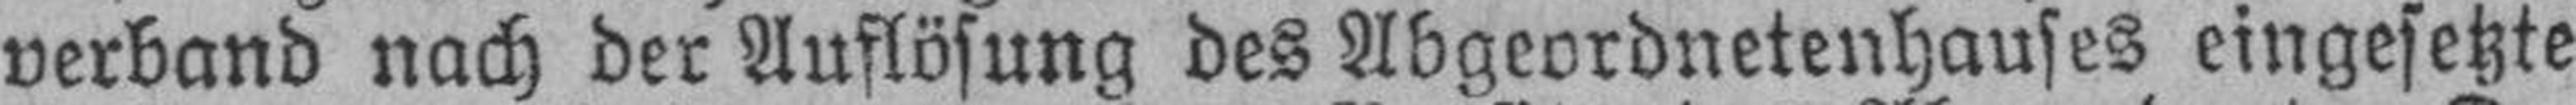
verband nach der Auflösung des Abgeordnetenhauses eingesetzte